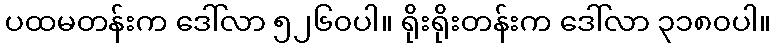
ပထမတန်းက ဒေါ်လာ ၅၂၆၀ပါ။ ရိုးရိုးတန်းက ဒေါ်လာ ၃၁၈၀ပါ။